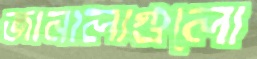
জানালাগুলো